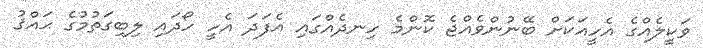
ވަކީލެއްގެ އެހީއަކަށް ބޭނުންވެއްޖެ ކޮންމެ ހިނދެއްގައި އެފަދަ އެހީ ހޯދައި ލިބިގަތުމުގެ ޙައްޤު